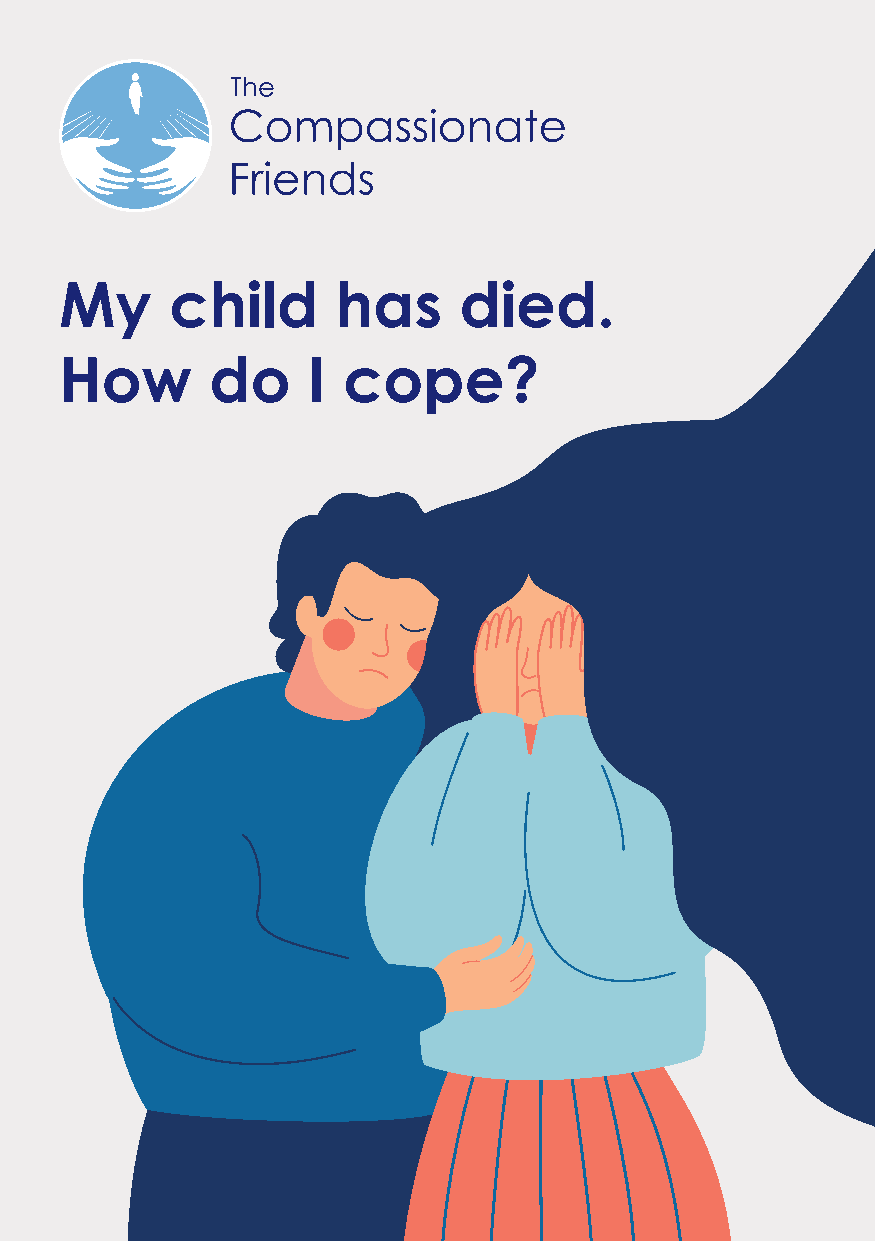
My     child      has     died.
 How       do    I  cope?